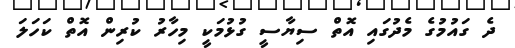
ދެ ގައުމުގެ މެދުގައި އޮތް ސިޔާސީ ގުޅުމަކީ މިހާރު ކުރިން އޮތް ކަހަލަ